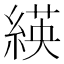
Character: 緓